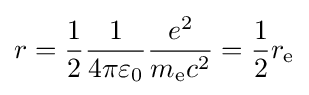
r={\frac {1}{2}}{\frac {1}{4\pi \varepsilon _{0}}}{\frac {e^{2}}{m_{\text{e}}c^{2}}}={\frac {1}{2}}r_{\text{e}}